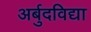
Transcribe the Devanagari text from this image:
अर्बुदविद्या